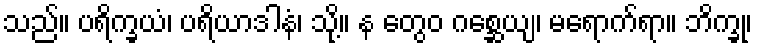
သည်။ ပရိက္ခယံ၊ ပရိယာဒါနံ၊ သို့။ န တွေဝ ဂစ္ဆေယျ၊ မရောက်ရာ။ ဘိက္ခု၊